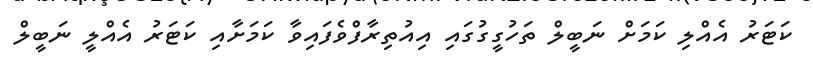
ކަޓަރު އެއްލި ކަމަށް ނަބީލް ތަހުގީގުގައި އިއުތިރާފްވެފައިވާ ކަމަށާއި ކަޓަރު އެއްލީ ނަބީލް